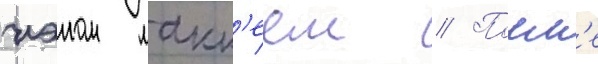
иэном макк'еем // Посл'е